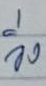
วิ่ง